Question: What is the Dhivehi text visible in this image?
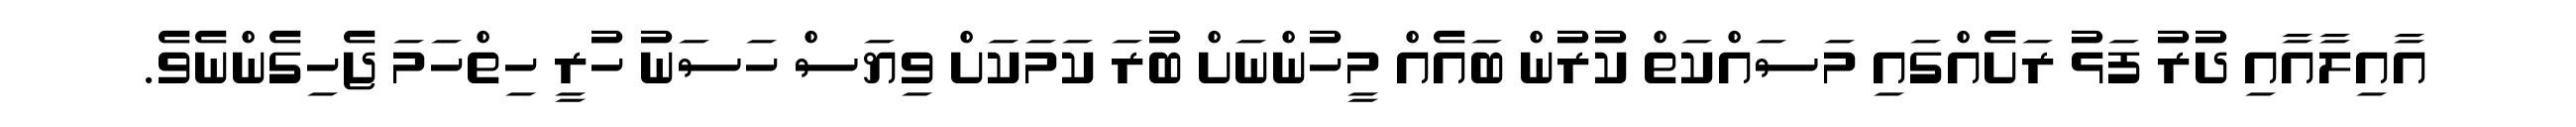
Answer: އާއިލާއާއި ދުރު ފަޅު ރަށެއްގައި މަސައްކަތް ކުރުން ބައެއް މީހުންނަށް ބުރަ ކަމަކަށް ވިޔަސް ހަސަނު ހުރީ ހިތްހަމަ ޖެހިގެންނެވެ.